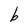
Character: b